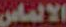
الالماس